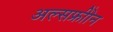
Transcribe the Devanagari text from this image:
अल्सफ्रीोन